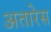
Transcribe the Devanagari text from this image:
अतारेस